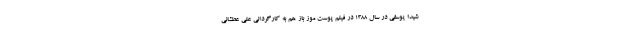
شیدا یوسفی در سال 1388 در فیلم پوست موز باز هم به کارگردانی علی عطشانی